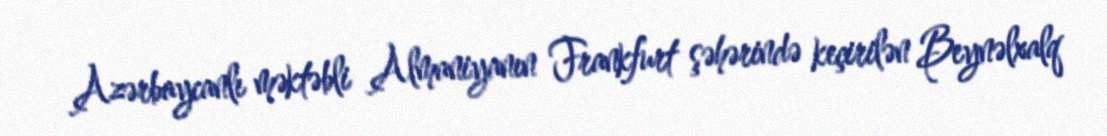
Azərbaycanlı məktəbli Almaniyanın Frankfurt şəhərində keçirilən Beynəlxalq